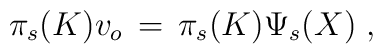
\pi_s(K)v_o\,=\,\pi_s(K)\Psi_s(X)\;,